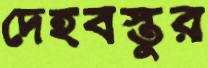
দেহবস্তুর